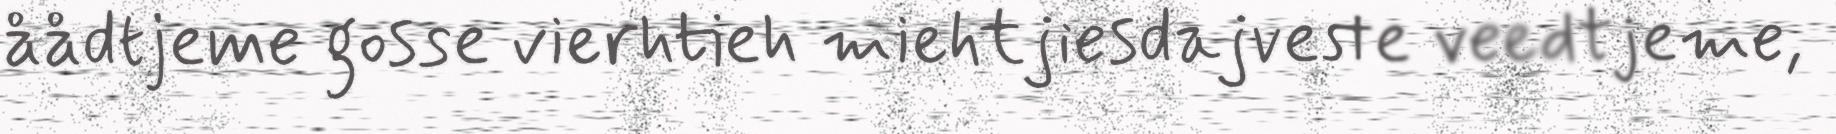
åådtjeme gosse vierhtieh miehtjiesdajveste veedtjeme,